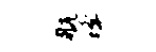
航蜂